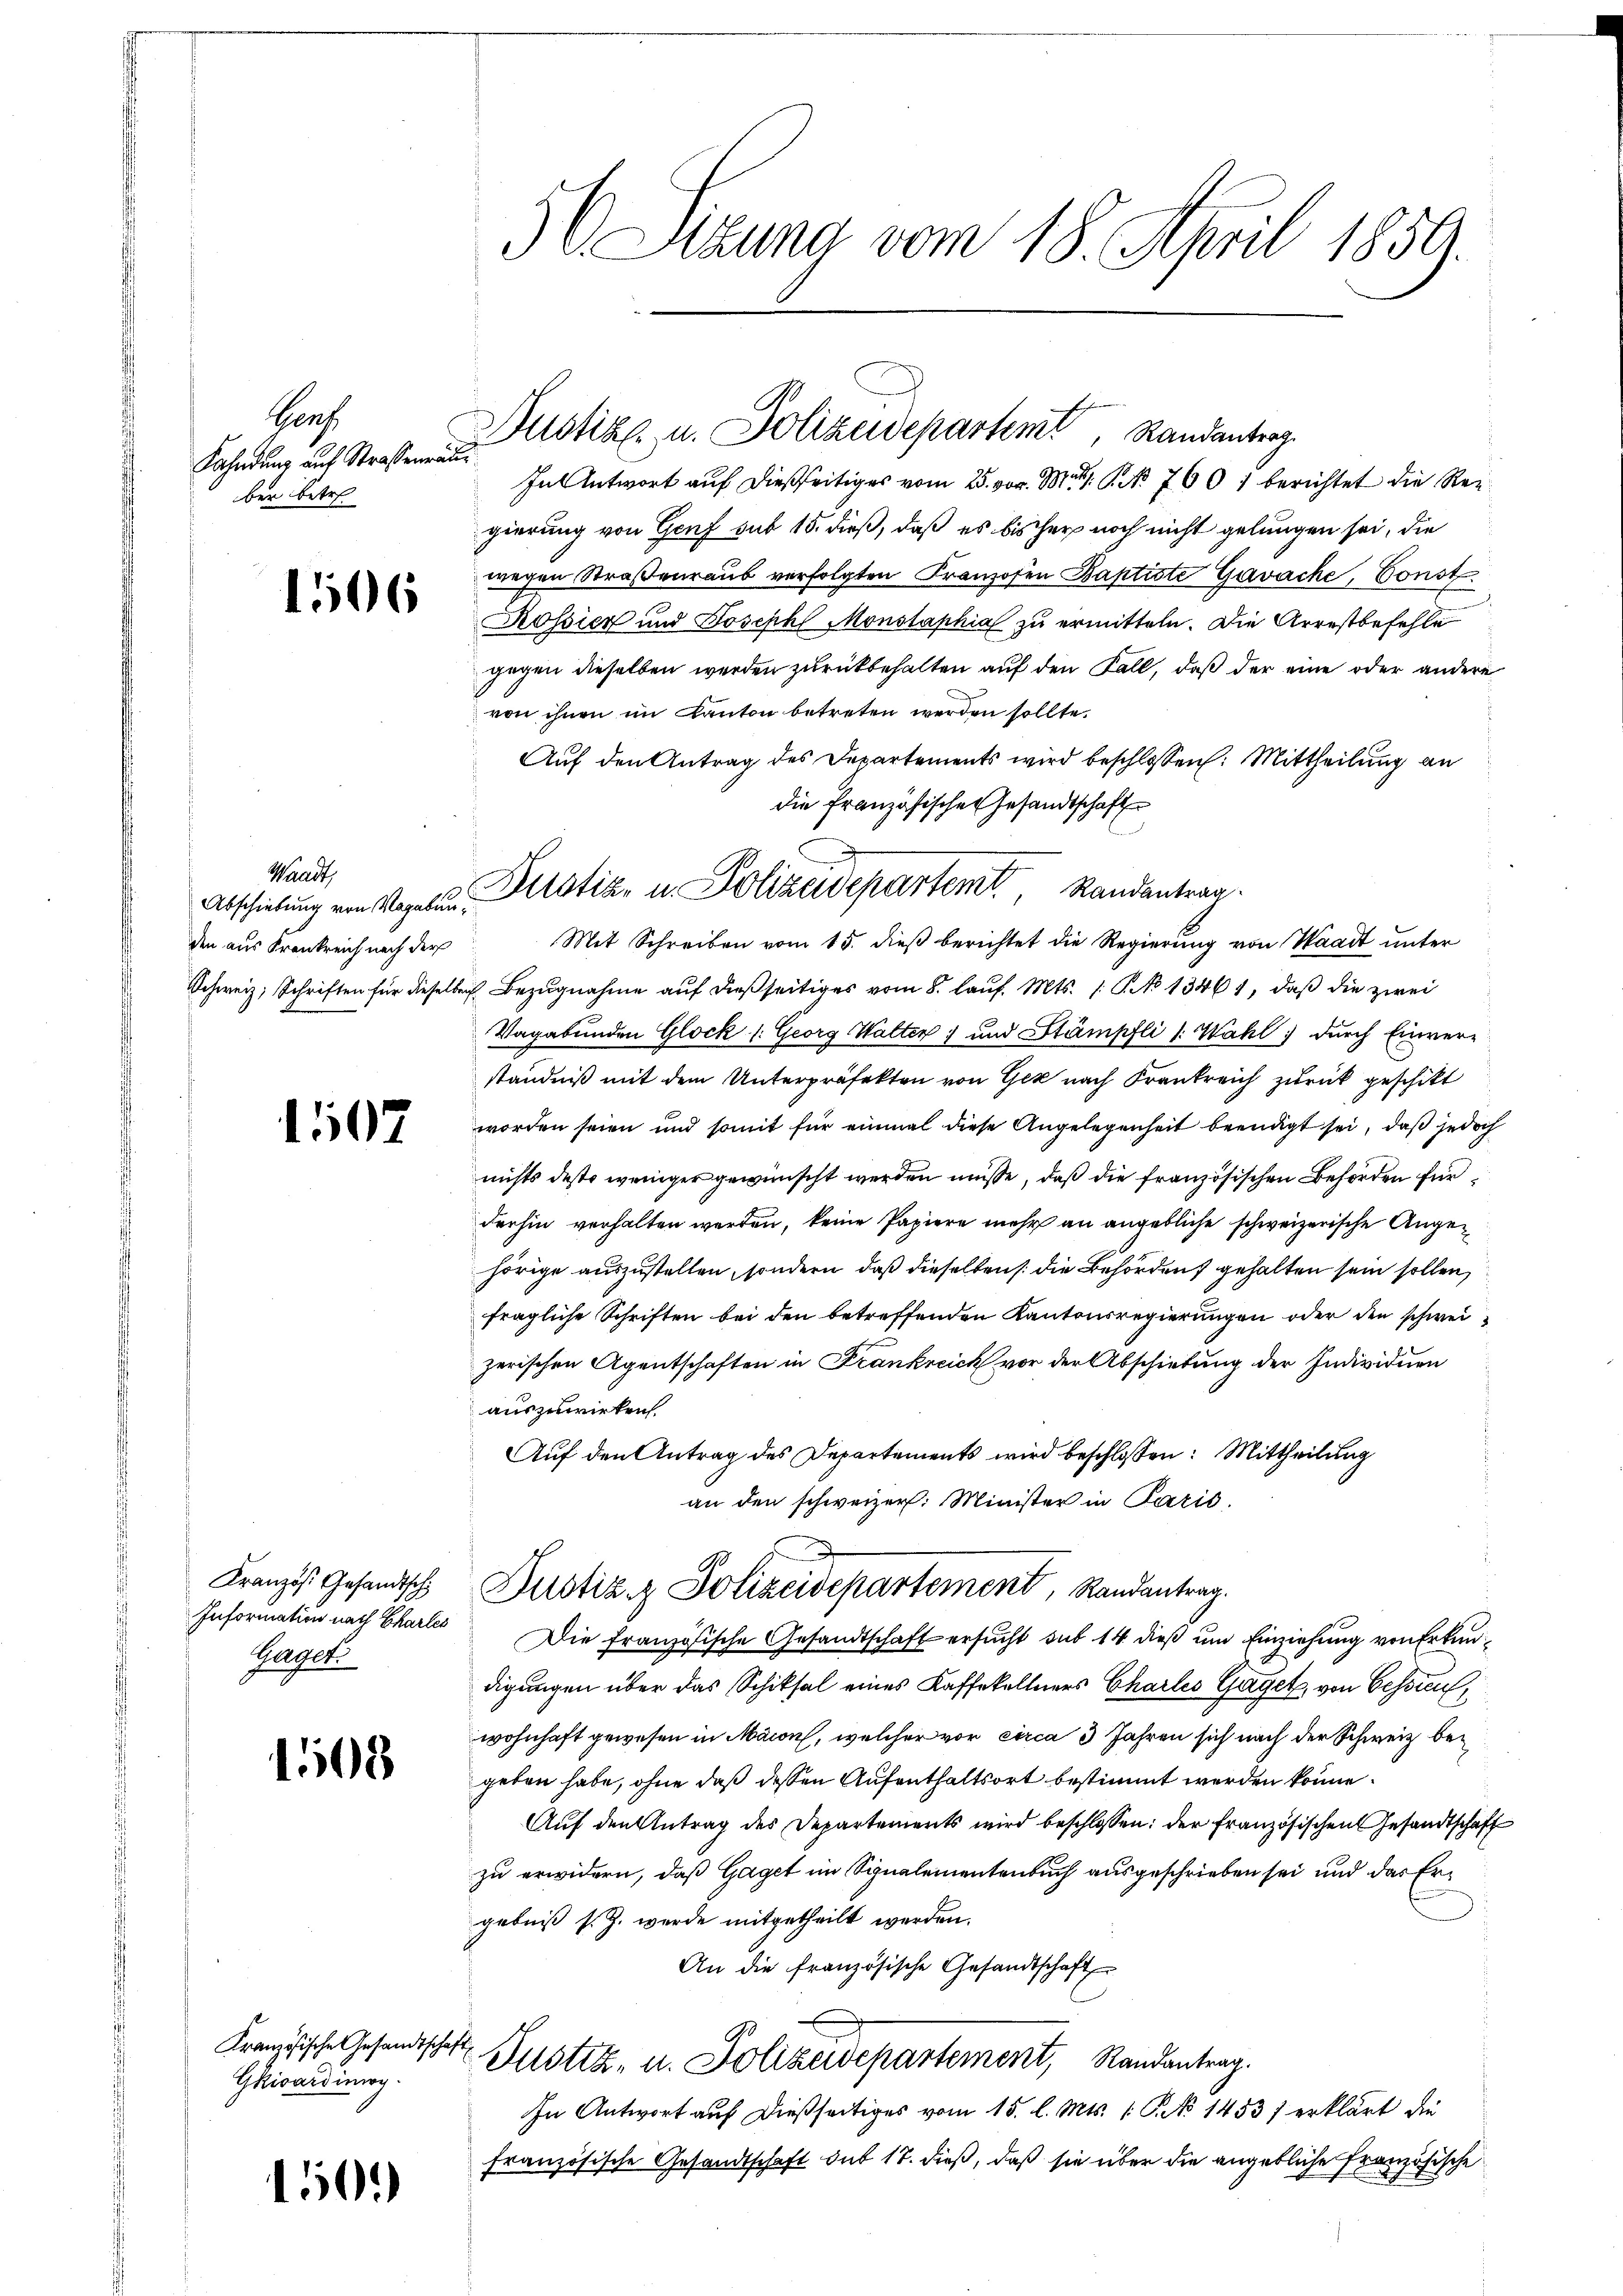
Ganz
Fahndung auf Straßenraus
ber betre

1506

Waadt,
den aus Krankreich nach der

1507

Französ. Gesandtsch
Information nach Charles
Wergek

1508

Kranzösische Gesandtschaft
Gkicarding.

150.

56 Sitzung vom 18. April 1859.

In Antwort auf dießseitiges vom 25. vor. M. P. No 760 f berichtet die Reigierung von Genf sub 15. dieß, daß es bisher noch nicht gelungen sei, die
wegen Straßenraub verfolgten Franzosen Baptiste Gavache, Const
Rossier und Joseph Monstaphia zu ermitteln. Die Arrestbefehle
gegen dieselben werden zurückbehalten auf den Fall, daß der eine oder andere
von ihnen im Kanton betreten werden sollte.
Auf den Antrag des Departements wird beschlossen: Mittheilung an
die Französischen Gesandtschaft
Mit Schreiben vom 15. dieβ berichtet die Regierŭng von Waadt ŭnter
Schweiz, Schriften für dieselben Bezugnahme auf dießseitiges vom 8. lauf. Mts. 1. No 13461, daß die zwei
Vagabunden Glock (: Georg Walter und Stämpfli /: Wahl durch Einverständniß mit dem Unterpräfekten von Gek nach Krankreich zurück geschikt
worden seien und somit für einmal diese Angelegenheit beendigt sei, daß jedoch
nichts desto weniger gewünscht werden müsse, daß die französischen Behörden für
Frehin verhalten werden, keine Papiere mehr an angebliche schweizerische Angehörige auszustellen, sondern, daß dieselben die Behördent gehalten sein sollen,
fragliche Schriften bei den betreffenden Kantonsregierungen oder den schweizerischen Agentschaften in Frankreich vor der Abschiebung der Individuen
auszuwirken.
Auf den Antrag des Departements wird beschlossen: Mittheilung
an den schweizer. Minister in Paris.
Justiz & Polizeidepartement, Randantrag.
Die Französische Gesandtschaft ersucht sub 14 dieß um Einziehung von Erkun
digungen über das Schiksal eines Kaffekellners Charles Gaget, von Cessin,
wohnhaft gewesen in Maion, welcher vor circa 3 Jahren sich nach der Schweiz begeben habe, ohne daß dessen Aufenthaltsort bestimmt werden könne.
Auf den Antrag des Departements wird beschlossen: der Französischen Gesandtschaft
zu erwidern, daß Gaget im Sinalementenbuch ausgeschrieben sei und das Ergebniß s. Z. wurde mitgetheilt werden.
An die französische Gesandtschaft
Justiz- u. Polizeidepartement, Randantrag.
In Antwort auf dießseitiges vom 15. l. Mts. 1. P. No 1453 erklärt die
französische Gesandtschaft sub 17. dieß, daß sie über die angebliche Französische

Justiz- u. Polizeidepartemt, Randantrag.

Abschiebung von Regelun Distia, u. Polizeidepartem Randantrag.